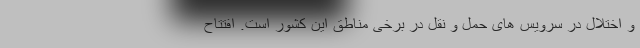
و اختلال در سرویس های حمل و نقل در برخی مناطق این کشور است. افتتاح